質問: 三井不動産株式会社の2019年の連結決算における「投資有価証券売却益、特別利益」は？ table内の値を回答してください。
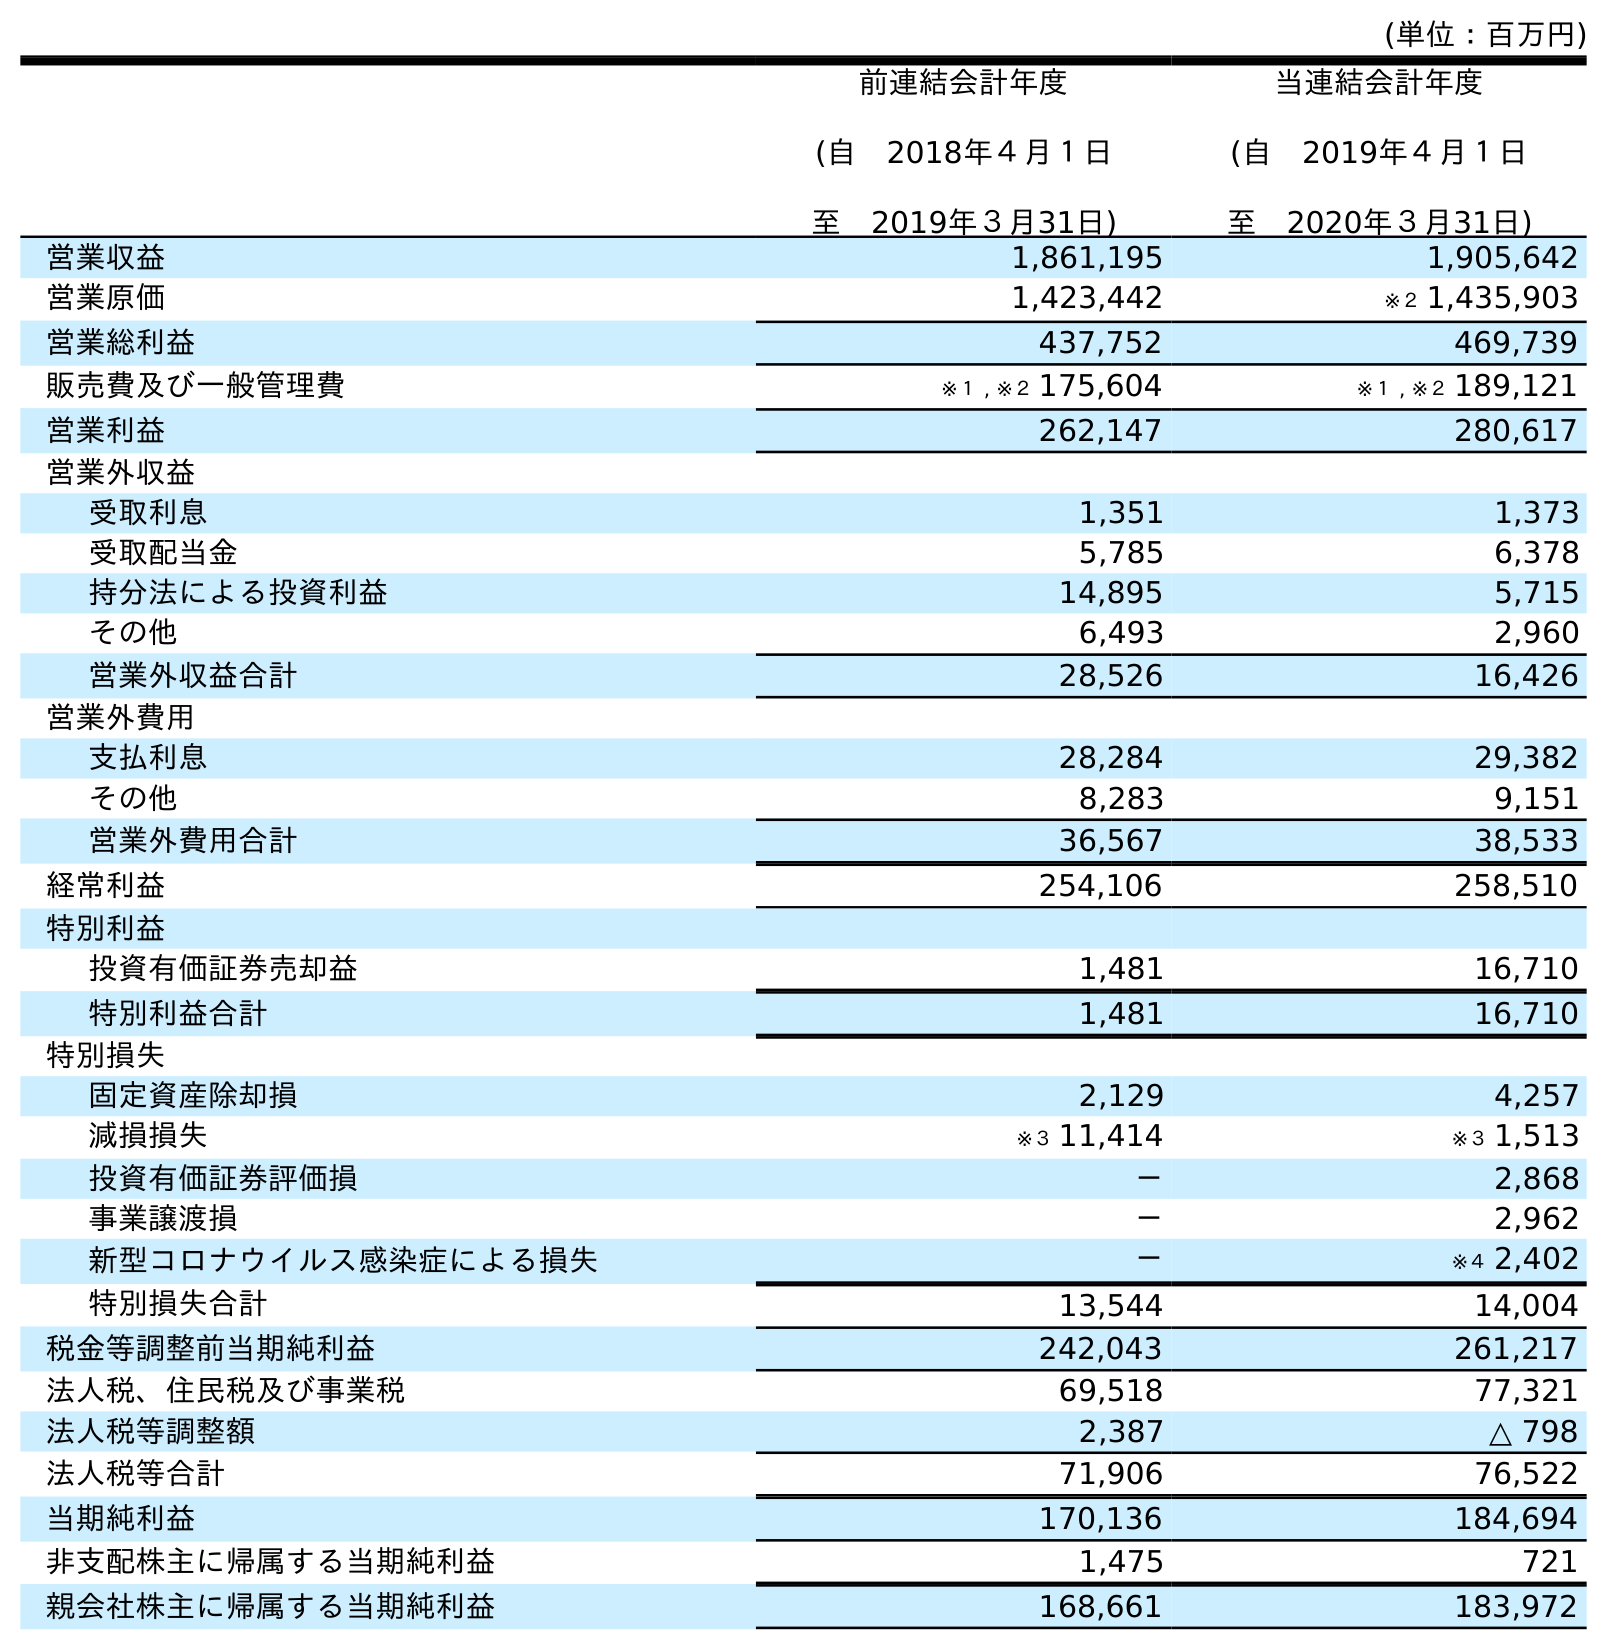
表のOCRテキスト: (単位：百万円) 前連結会計年度 (自 2018年４月１日 至 2019年３月31日) 当連結会計年度 (自 2019年４月１日 至 2020年３月31日) 営業収益 1,861,195 1,905,642 営業原価 1,423,442 ※２ 1,435,903 営業総利益 437,752 469,739 販売費及び一般管理費 ※１ , ※２ 175,604 ※１ , ※２ 189,121 営業利益 262,147 280,617 営業外収益 受取利息 1,351 1,373 受取配当金 5,785 6,378 持分法による投資利益 14,895 5,715 その他 6,493 2,960 営業外収益合計 28,526 16,426 営業外費用 支払利息 28,284 29,382 その他 8,283 9,151 営業外費用合計 36,567 38,533 経常利益 254,106 258,510 特別利益 投資有価証券売却益 1,481 16,710 特別利益合計 1,481 16,710 特別損失 固定資産除却損 2,129 4,257 減損損失 ※３ 11,414 ※３ 1,513 投資有価証券評価損 － 2,868 事業譲渡損 － 2,962 新型コロナウイルス感染症による損失 － ※４ 2,402 特別損失合計 13,544 14,004 税金等調整前当期純利益 242,043 261,217 法人税、住民税及び事業税 69,518 77,321 法人税等調整額 2,387 △ 798 法人税等合計 71,906 76,522 当期純利益 170,136 184,694 非支配株主に帰属する当期純利益 1,475 721 親会社株主に帰属する当期純利益 168,661 183,972
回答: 1,481